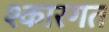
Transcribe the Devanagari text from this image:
श्कारगत